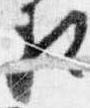
相